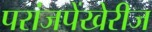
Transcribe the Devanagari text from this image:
परांजपेंखेरीज